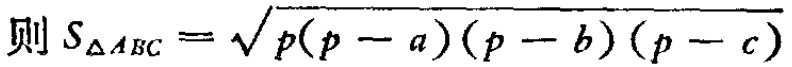
则 \(S_{\triangle ABC}=\sqrt{p(p - a)(p - b)(p - c)}\)